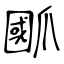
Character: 爴